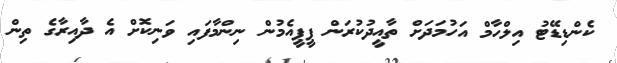
ކެންޑިޑޭޓު އިލްހާމް އަހުމަދަށް ތާއީދުކުރަން ޕީޕީއެމުން ނިންމާފައި ވަނިކޮށް އެ ދާއިރާގެ ތިން